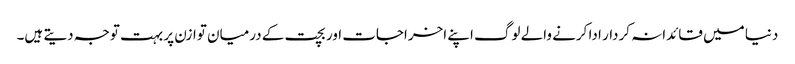
دنیا میں قائدانہ کردار ادا کرنے والے لوگ اپنے اخراجات اور بچت کے درمیان توازن پر بہت توجہ دیتے ہیں۔